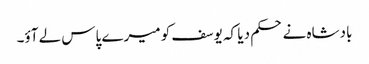
بادشاہ نے حکم دیا کہ یوسف کو میرے پاس لے آؤ۔